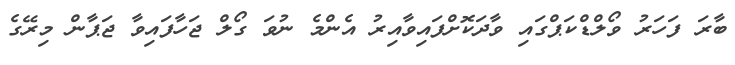
ބާރަ ފަހަރު ވޯލްޑްކަޕްގައި ވާދަކޮށްފައިވާއިރު އެންމެ ނުވަ ގޯލް ޖަހާފައިވާ ޖަޕާން މިރޭގެ